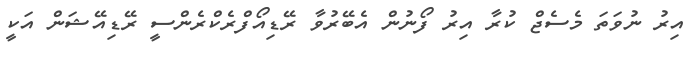
އިރު ނުވަތަ މެސެޖް ކުރާ އިރު ފޯނުން އެބޭރުވާ ރޭޑިއޯފްރެކްރެންސީ ރޭޑިއޭޝަން އަކީ